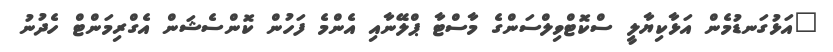
"އަޅުގަނޑުމެން އަޅާކިޔާލީ ސްކޮޓްވިލްސަންގެ މާސްޓާ ޕްލޭނާއި އެންމެ ފަހުން ކޮންސެޝަން އެގްރިމަންޓް ހެދުނު